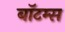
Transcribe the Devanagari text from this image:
बॉटम्स